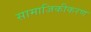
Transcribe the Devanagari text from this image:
सामाजिकीकरण